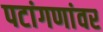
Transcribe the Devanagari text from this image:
पटांगणांवर